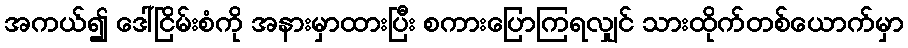
အကယ်၍ ဒေါ်ငြိမ်းစံကို အနားမှာထားပြီး စကားပြောကြရလျှင် သားထိုက်တစ်ယောက်မှာ